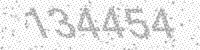
Solution: 134454